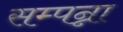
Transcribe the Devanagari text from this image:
सम्पन्ना